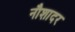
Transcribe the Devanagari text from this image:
नौशादर